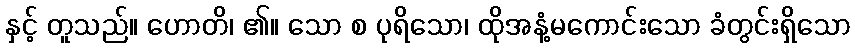
နှင့် တူသည်။ ဟောတိ၊ ၏။ သော စ ပုရိသော၊ ထိုအနံ့မကောင်းသော ခံတွင်းရှိသော